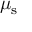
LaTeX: \mu _ { \mathrm { s } }